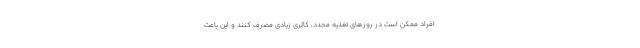
افراد ممکن است در روزهای تغذیه مجدد، کالری زیادی مصرف کنند و این باعث